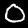
Label: 0